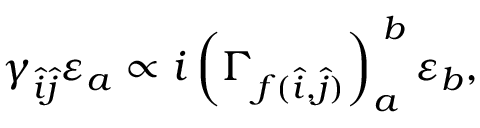
\gamma _ { \hat { i } \hat { j } } \varepsilon _ { a } \propto i \left( \Gamma _ { f ( \hat { i } , \hat { j } ) } \right) _ { a } ^ { \; b } \varepsilon _ { b } ,